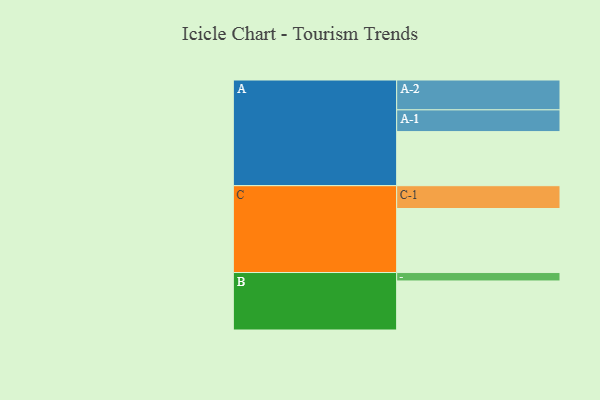
{"axis": {"x": "Segment", "y": "Value"}, "legend": ["", "A", "B", "C"], "data": [{"x": "A", "y": 462, "type": ""}, {"x": "B", "y": 419, "type": ""}, {"x": "C", "y": 547, "type": ""}, {"x": "A-1", "y": 186, "type": "A"}, {"x": "A-2", "y": 255, "type": "A"}, {"x": "B-1", "y": 72, "type": "B"}, {"x": "C-1", "y": 195, "type": "C"}]}